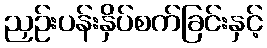
ညှဉ်းပန်းနှိပ်စက်ခြင်းနှင့်